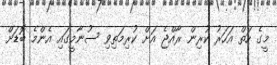
މީގެ ހަތް އަހަރު ކުރިން ރާއްޖެ އަށް ކުރިމަތިވި ސުނާމީގައި އެންމެ ބޮޑަށް